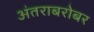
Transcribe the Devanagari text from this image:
अंतराबरोबर